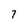
Character: 7